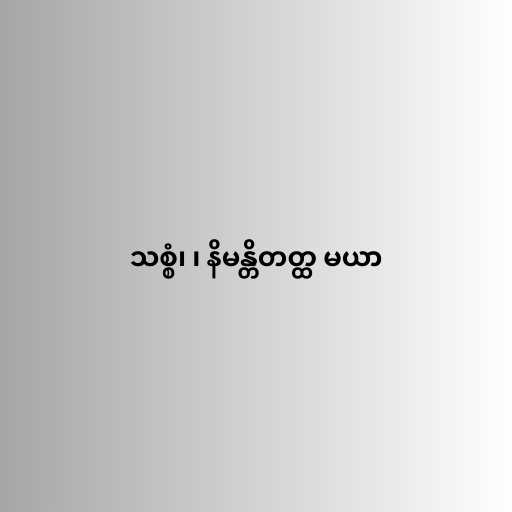
သစ္စံ၊ ၊ နိမန္တိတတ္ထ မယာ